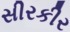
સીરકીર